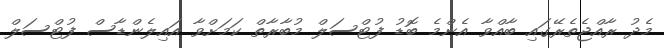
މެދު ރާއްޖެތެރޭގައި ބާއްވާ އެންމެ ބޮޑު ފުޓްސަލް މުބާރާތް ކަމަށްވާ އައިލެންޑާސް ފުޓްސަލް